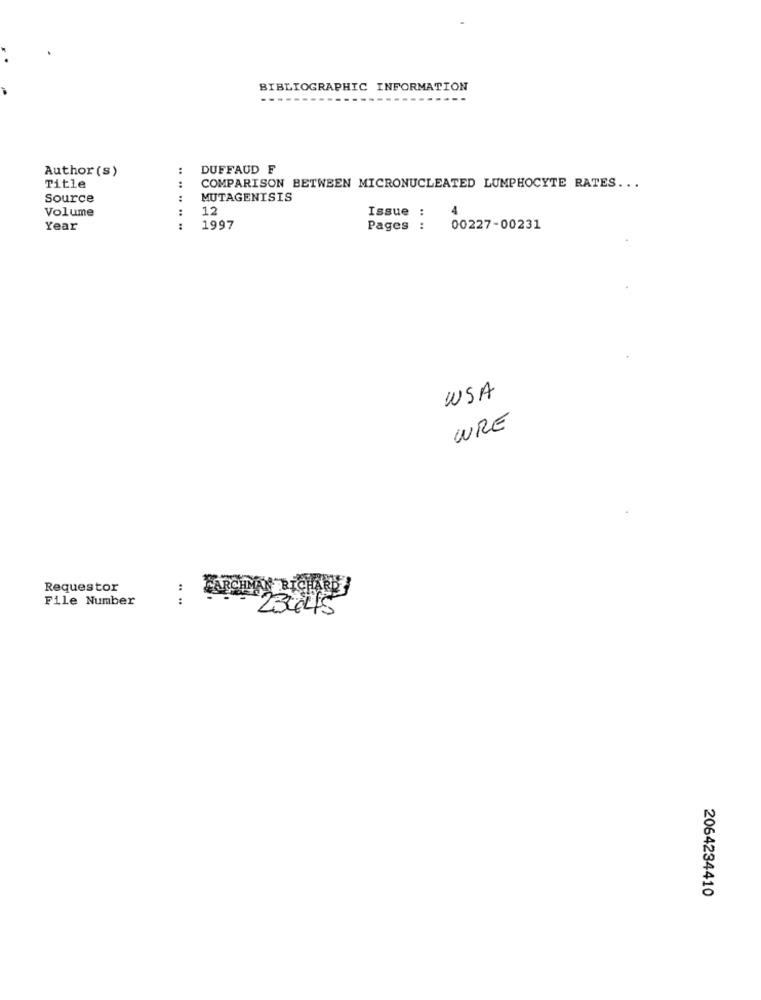
BIBLIOGRAPHIC INFORMATION
Author (s)
:
DUFFAUD F
:
Title
COMPARISON BETWEEN MICRONUCLEATED LUMPHOCYTE RATES ...
Source
MUTAGENISIS
Volume
:
12
Issue :
Year
:
1997
Pages
:
00227-00231
USA
WRE
Requestor
PARCHMAN RICHARD
File Number
.. ..
23445
2064234410